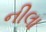
નીલા